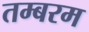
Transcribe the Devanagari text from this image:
तम्बरम